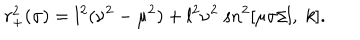
r _ { + } ^ { 2 } ( \sigma ) = l ^ { 2 } ( \nu ^ { 2 } - \mu ^ { 2 } ) + l ^ { 2 } \nu ^ { 2 } \; \mathrm { s n } ^ { 2 } [ \mu \sigma / l , \; k ] .